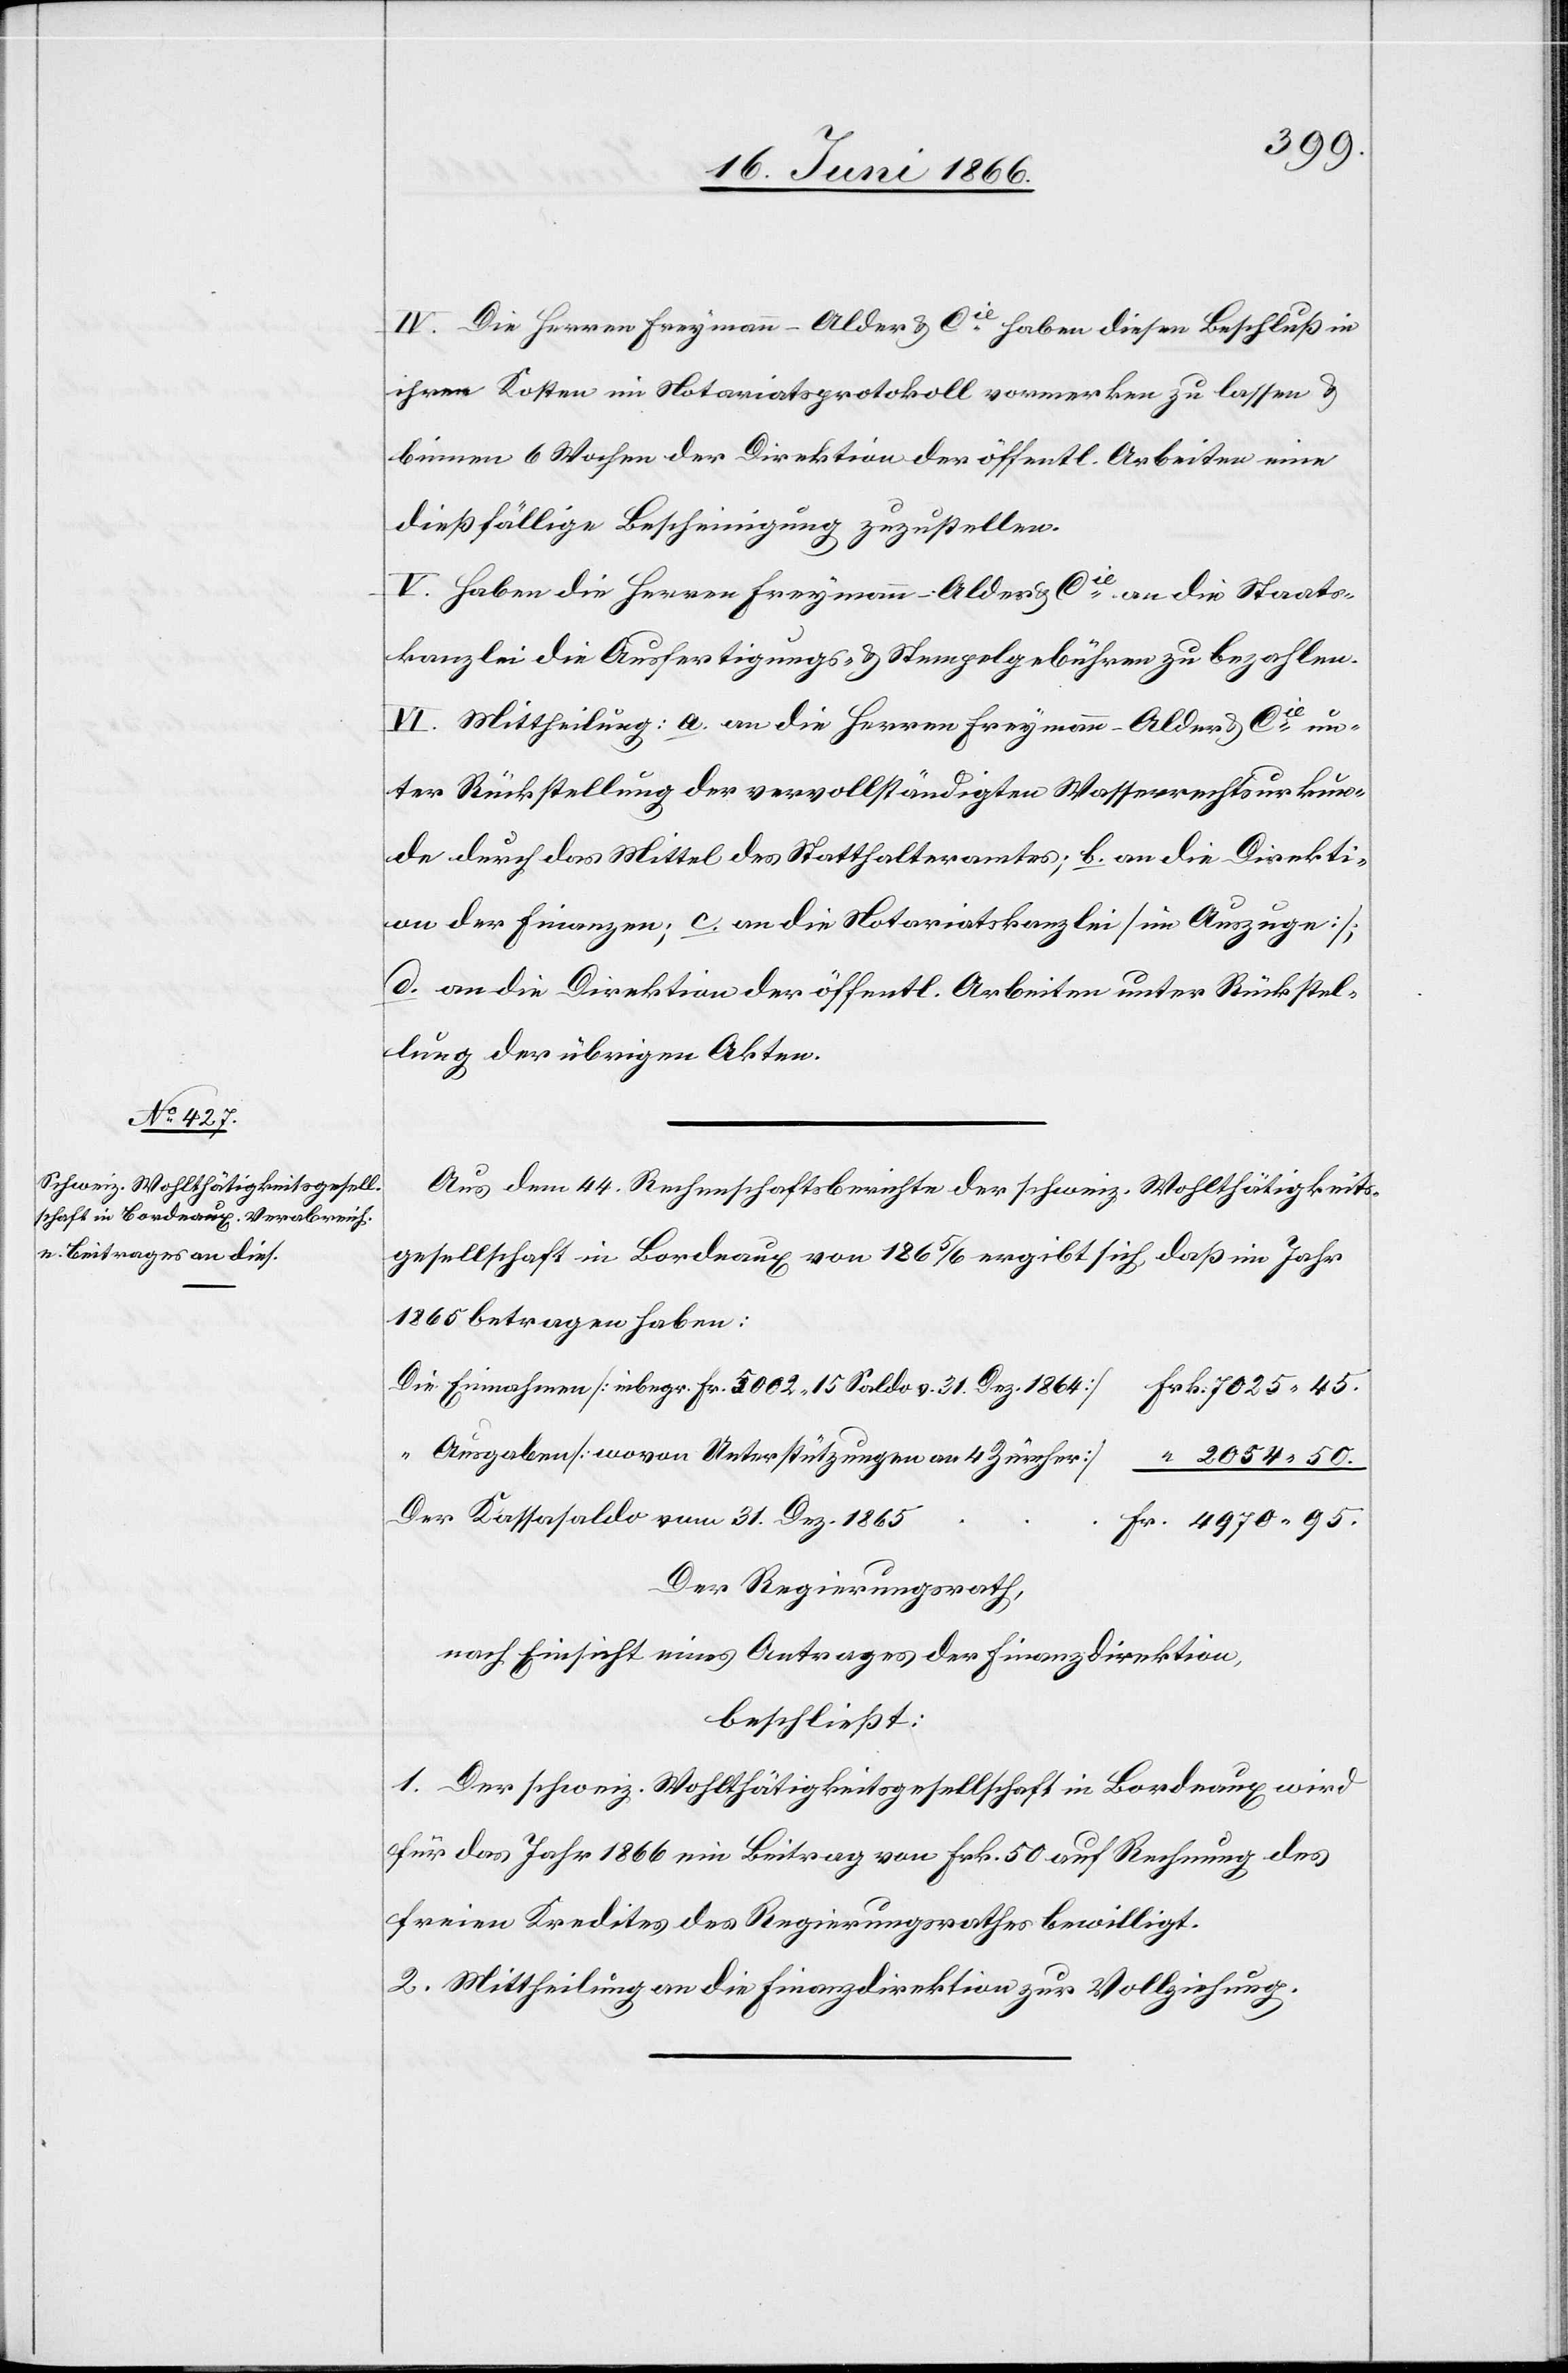
IV. Die Herren Freymann-Alder u. Cie. haben diesen Beschluß in
ihren Kosten im Notariatsprotokoll vormerken zu lassen u.
binnen 6 Wochen der Direktion der öffentl. Arbeiten eine
dießfällige Bescheinigung zuzustellen.
V. Haben die Herren Freymann-Alder u. Cie. an die Staats¬
kanzlei die Ausfertigungs- u. Stempelgebühren zu bezahlen.
VI. Mittheilung: a. an die Herren Freymann-Alder u. Cie. un¬
ter Rückstellung der vervollständigten Wasserrechtsurkun¬
de durch das Mittel des Statthalteramtes; b. an die Direkti¬
on der Finanzen; c. an die Notariatskanzlei [im Auszuge];
d. an die Direktion der öffentl. Arbeiten unter Rückstel¬
lung der übrigen Akten.
Aus dem 44. Rechenschaftsbericht der schweiz. Wohlthätigkeits¬
gesellschaft in Bordeaux von 1865/6 ergibt sich, daß im Jahr
1865 betragen haben:
Die Einnahmen [inbegr. Fr. 5002.15 Saldo v. 31. Dez. 1864]
“ Ausgaben [wovon Unterstützungen an 4 Zürcher]
Der Kassasaldo vom 31. Dez. 1865
Der Regierungsrath,
nach Einsicht eines Antrages der Finanzdirektion,
beschließt:
1. Der schweiz. Wohlthätigkeitsgesellschaft in Bordeaux wird
für das Jahr 1866 ein Beitrag von Frk. 50 auf Rechnung des
freien Kredites des Regierungsrathes bewilligt.
2. Mittheilung an die Finanzdirektion zur Vollziehung.